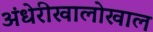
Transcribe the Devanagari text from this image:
अंधेरीखालोखाल